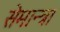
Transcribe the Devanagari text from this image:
सेमान्त्रा